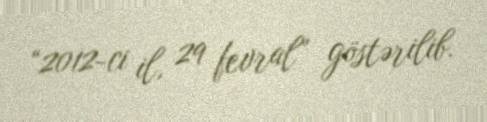
“2012-ci il, 29 fevral” göstərilib.